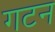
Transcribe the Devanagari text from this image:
गटन